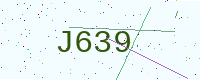
Text: J639